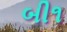
બી૧